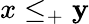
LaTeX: x\leq_{+}\mathbf{y}